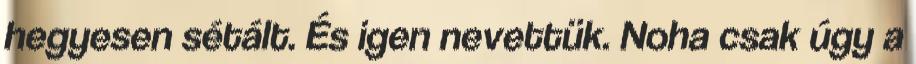
hegyesen sétált. És igen nevettük. Noha csak úgy a